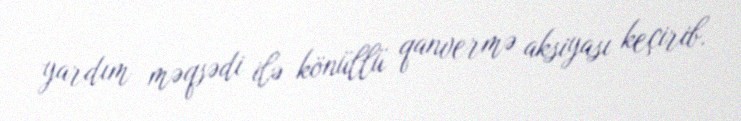
yardım məqsədi ilə könüllü qanvermə aksiyası keçirib.